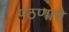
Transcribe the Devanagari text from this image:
पठणाचे